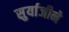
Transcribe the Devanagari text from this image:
सुर्याजीने